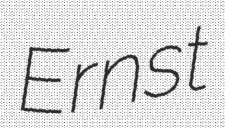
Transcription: Ernst